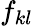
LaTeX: {f_{kl}}